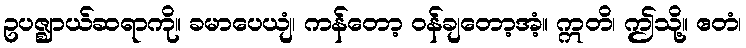
ဥပဇ္ဈာယ်ဆရာကို။ ခမာပေယျံ၊ ကန်တော့ ဝန်ချတော့အံ့။ ဣတိ၊ ဤသို့။ ဧတံ၊